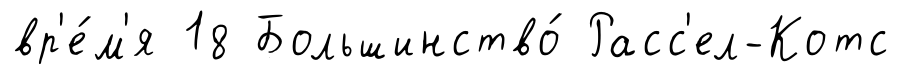
вр'е́м'я 18 Большинство́ Расс'ел-Котс